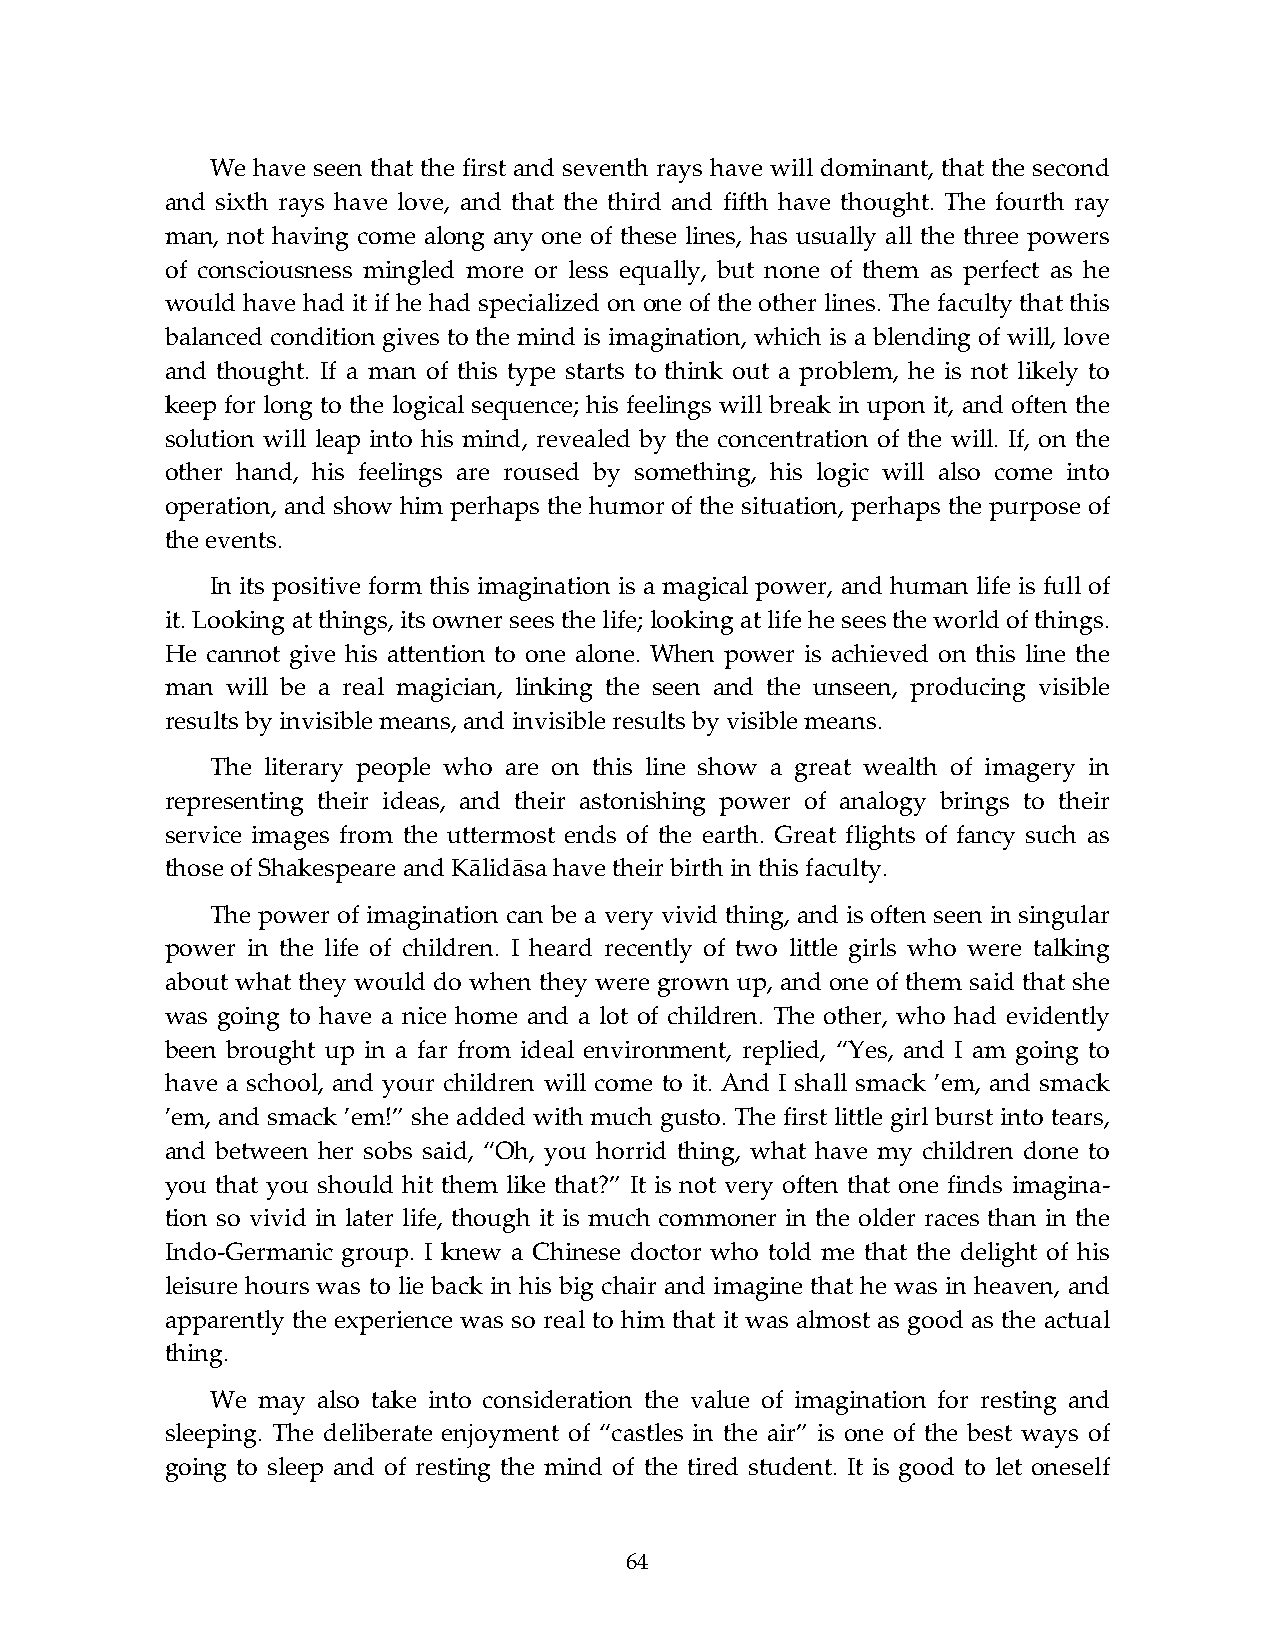
We have seen that the first and seventh rays have will dominant, that the second
 and sixth rays have love, and that the third and fifth have thought. The fourth ray
 man, not having come along any one of these lines, has usually all the three powers
 of consciousness mingled more or less equally, but none of them as perfect as he
 would have had it if he had specialized on one of the other lines. The faculty that this
 balanced condition gives to the mind is imagination, which is a blending of will, love
 and thought. If a man of this type starts to think out a problem, he is not likely to
 keep for long to the logical sequence; his feelings will break in upon it, and often the
 solution will leap into his mind, revealed by the concentration of the will. If, on the
 other hand, his feelings are roused by something, his logic will also come into
 operation, and show him perhaps the humor of the situation, perhaps the purpose of
 the events.
 In its positive form this imagination is a magical power, and human life is full of
 it. Looking at things, its owner sees the life; looking at life he sees the world of things.
 He cannot give his attention to one alone. When power is achieved on this line the
 man will be a real magician, linking the seen and the unseen, producing visible
 results by invisible means, and invisible results by visible means.
 The literary people who are on this line show a great wealth of imagery in
 representing their ideas, and their astonishing power of analogy brings to their
 service images from the uttermost ends of the earth. Great flights of fancy such as
 those of Shakespeare and Kālidāsa have their birth in this faculty.
 The power of imagination can be a very vivid thing, and is often seen in singular
 power in the life of children. I heard recently of two little girls who were talking
 about what they would do when they were grown up, and one of them said that she
 was going to have a nice home and a lot of children. The other, who had evidently
 been brought up in a far from ideal environment, replied, “Yes, and I am going to
 have a school, and your children will come to it. And I shall smack ’em, and smack
 ’em, and smack ’em!” she added with much gusto. The first little girl burst into tears,
 and between her sobs said, “Oh, you horrid thing, what have my children done to
 you that you should hit them like that?” It is not very often that one finds imagina-
 tion so vivid in later life, though it is much commoner in the older races than in the
 Indo-Germanic group. I knew a Chinese doctor who told me that the delight of his
 leisure hours was to lie back in his big chair and imagine that he was in heaven, and
 apparently the experience was so real to him that it was almost as good as the actual
 thing.
 We may also take into consideration the value of imagination for resting and
 sleeping. The deliberate enjoyment of “castles in the air” is one of the best ways of
 going to sleep and of resting the mind of the tired student. It is good to let oneself
 64